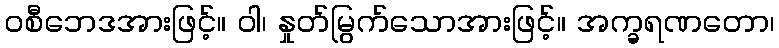
ဝစီဘေဒအားဖြင့်။ ဝါ၊ နှုတ်မြွက်သောအားဖြင့်။ အက္ခရဏတော၊